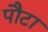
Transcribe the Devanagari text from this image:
पौटा